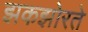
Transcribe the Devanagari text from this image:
झकझोरते